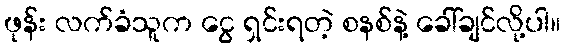
ဖုန်း လက်ခံသူက ငွေ ရှင်းရတဲ့ စနစ်နဲ့ ခေါ်ချင်လို့ပါ။